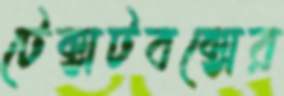
টেক্সটবক্সের